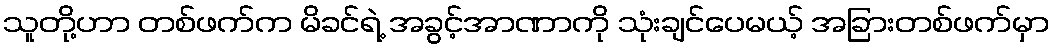
သူတို့ဟာ တစ်ဖက်က မိခင်ရဲ့ အခွင့်အာဏာကို သုံးချင်ပေမယ့် အခြားတစ်ဖက်မှာ